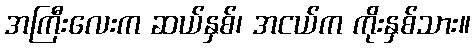
အကြီးလေးက ဆယ်နှစ်၊ အငယ်က ကိုးနှစ်သား။